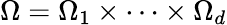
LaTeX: \Omega=\Omega_{1}\times\cdots\times\Omega_{d}